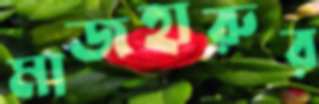
মাজহারুর